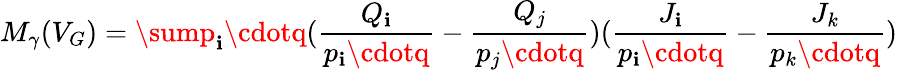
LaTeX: M_{\gamma}(V_{G})=\sump_{\mathbf{i}}\cdotq(\frac{{Q_{\mathbf{i}}}}{{p_{\mathbf{i}}\cdotq}}-\frac{{Q_{j}}}{{p_{j}\cdotq}})(\frac{{J_{\mathbf{i}}}}{{p_{\mathbf{i}}\cdotq}}-\frac{{J_{k}}}{{p_{k}\cdotq}})